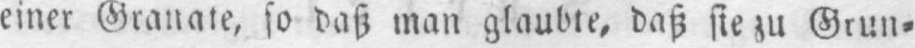
einer Granate, so daß man glaubte, daß sie zu Grun⸗